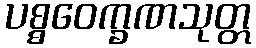
ပစ္စဝေက္ခဏသုတ္တ